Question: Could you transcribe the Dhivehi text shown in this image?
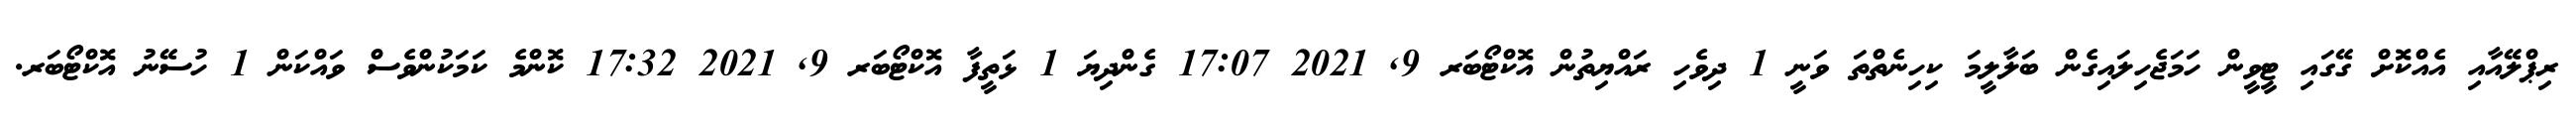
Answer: ރިޕްލޭއާއި އެއްކޮށް ގޭގައި ޓީވީން ހަމަޖެހިލައިގެން ބަލާލީމަ ކިހިނެތްތަ ވަނީ 1 ދިވެހި ރައްޔިތުން އޮކްޓޯބަރ 9, 2021 17:07 ގެންދިޔަ 1 ޅަތީފާ އޮކްޓޯބަރ 9, 2021 17:32 ކޮންމެ ކަމަކުންވެސް ވައްކަން 1 ހުސޭނު އޮކްޓޯބަރ.